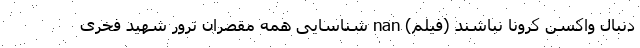
دنبال واکسن کرونا نباشند (فیلم) nan شناسایی همه مقصران ترور شهید فخری